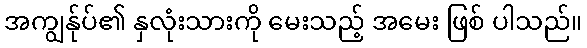
အကျွန်ုပ်၏ နှလုံးသားကို မေးသည့် အမေး ဖြစ် ပါသည်။